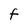
Character: f